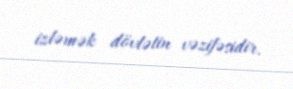
izləmək dövlətin vəzifəsidir.